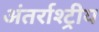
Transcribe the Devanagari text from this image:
अंतर्राश्ट्रीय